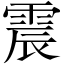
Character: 震